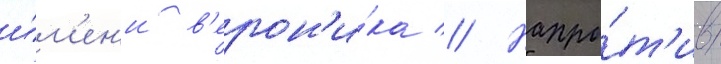
и́м'ен'и в'ерон'и́ка // Напро́т'ив